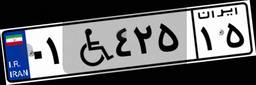
۰۱W۴۲۵۱۵